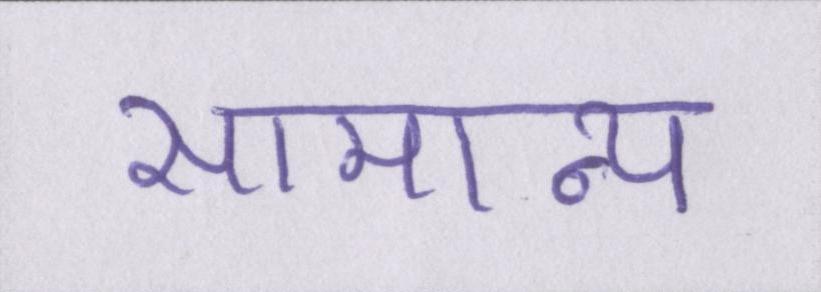
सामान्य